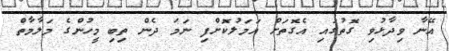
އޭނާ ވިދާޅުވި ގޮތުގައި އެގޮތަށް އަމަލުކޮށްފި ނަމަ ދެން ތިބި މީހުންގެ މަލާމާތް